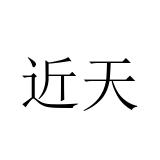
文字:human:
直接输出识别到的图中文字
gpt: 近天